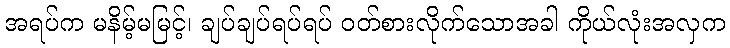
အရပ်က မနိမ့်မမြင့်၊ ချပ်ချပ်ရပ်ရပ် ဝတ်စားလိုက်သောအခါ ကိုယ်လုံးအလှက